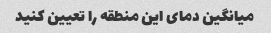
میانگین دمای این منطقه را تعیین کنید